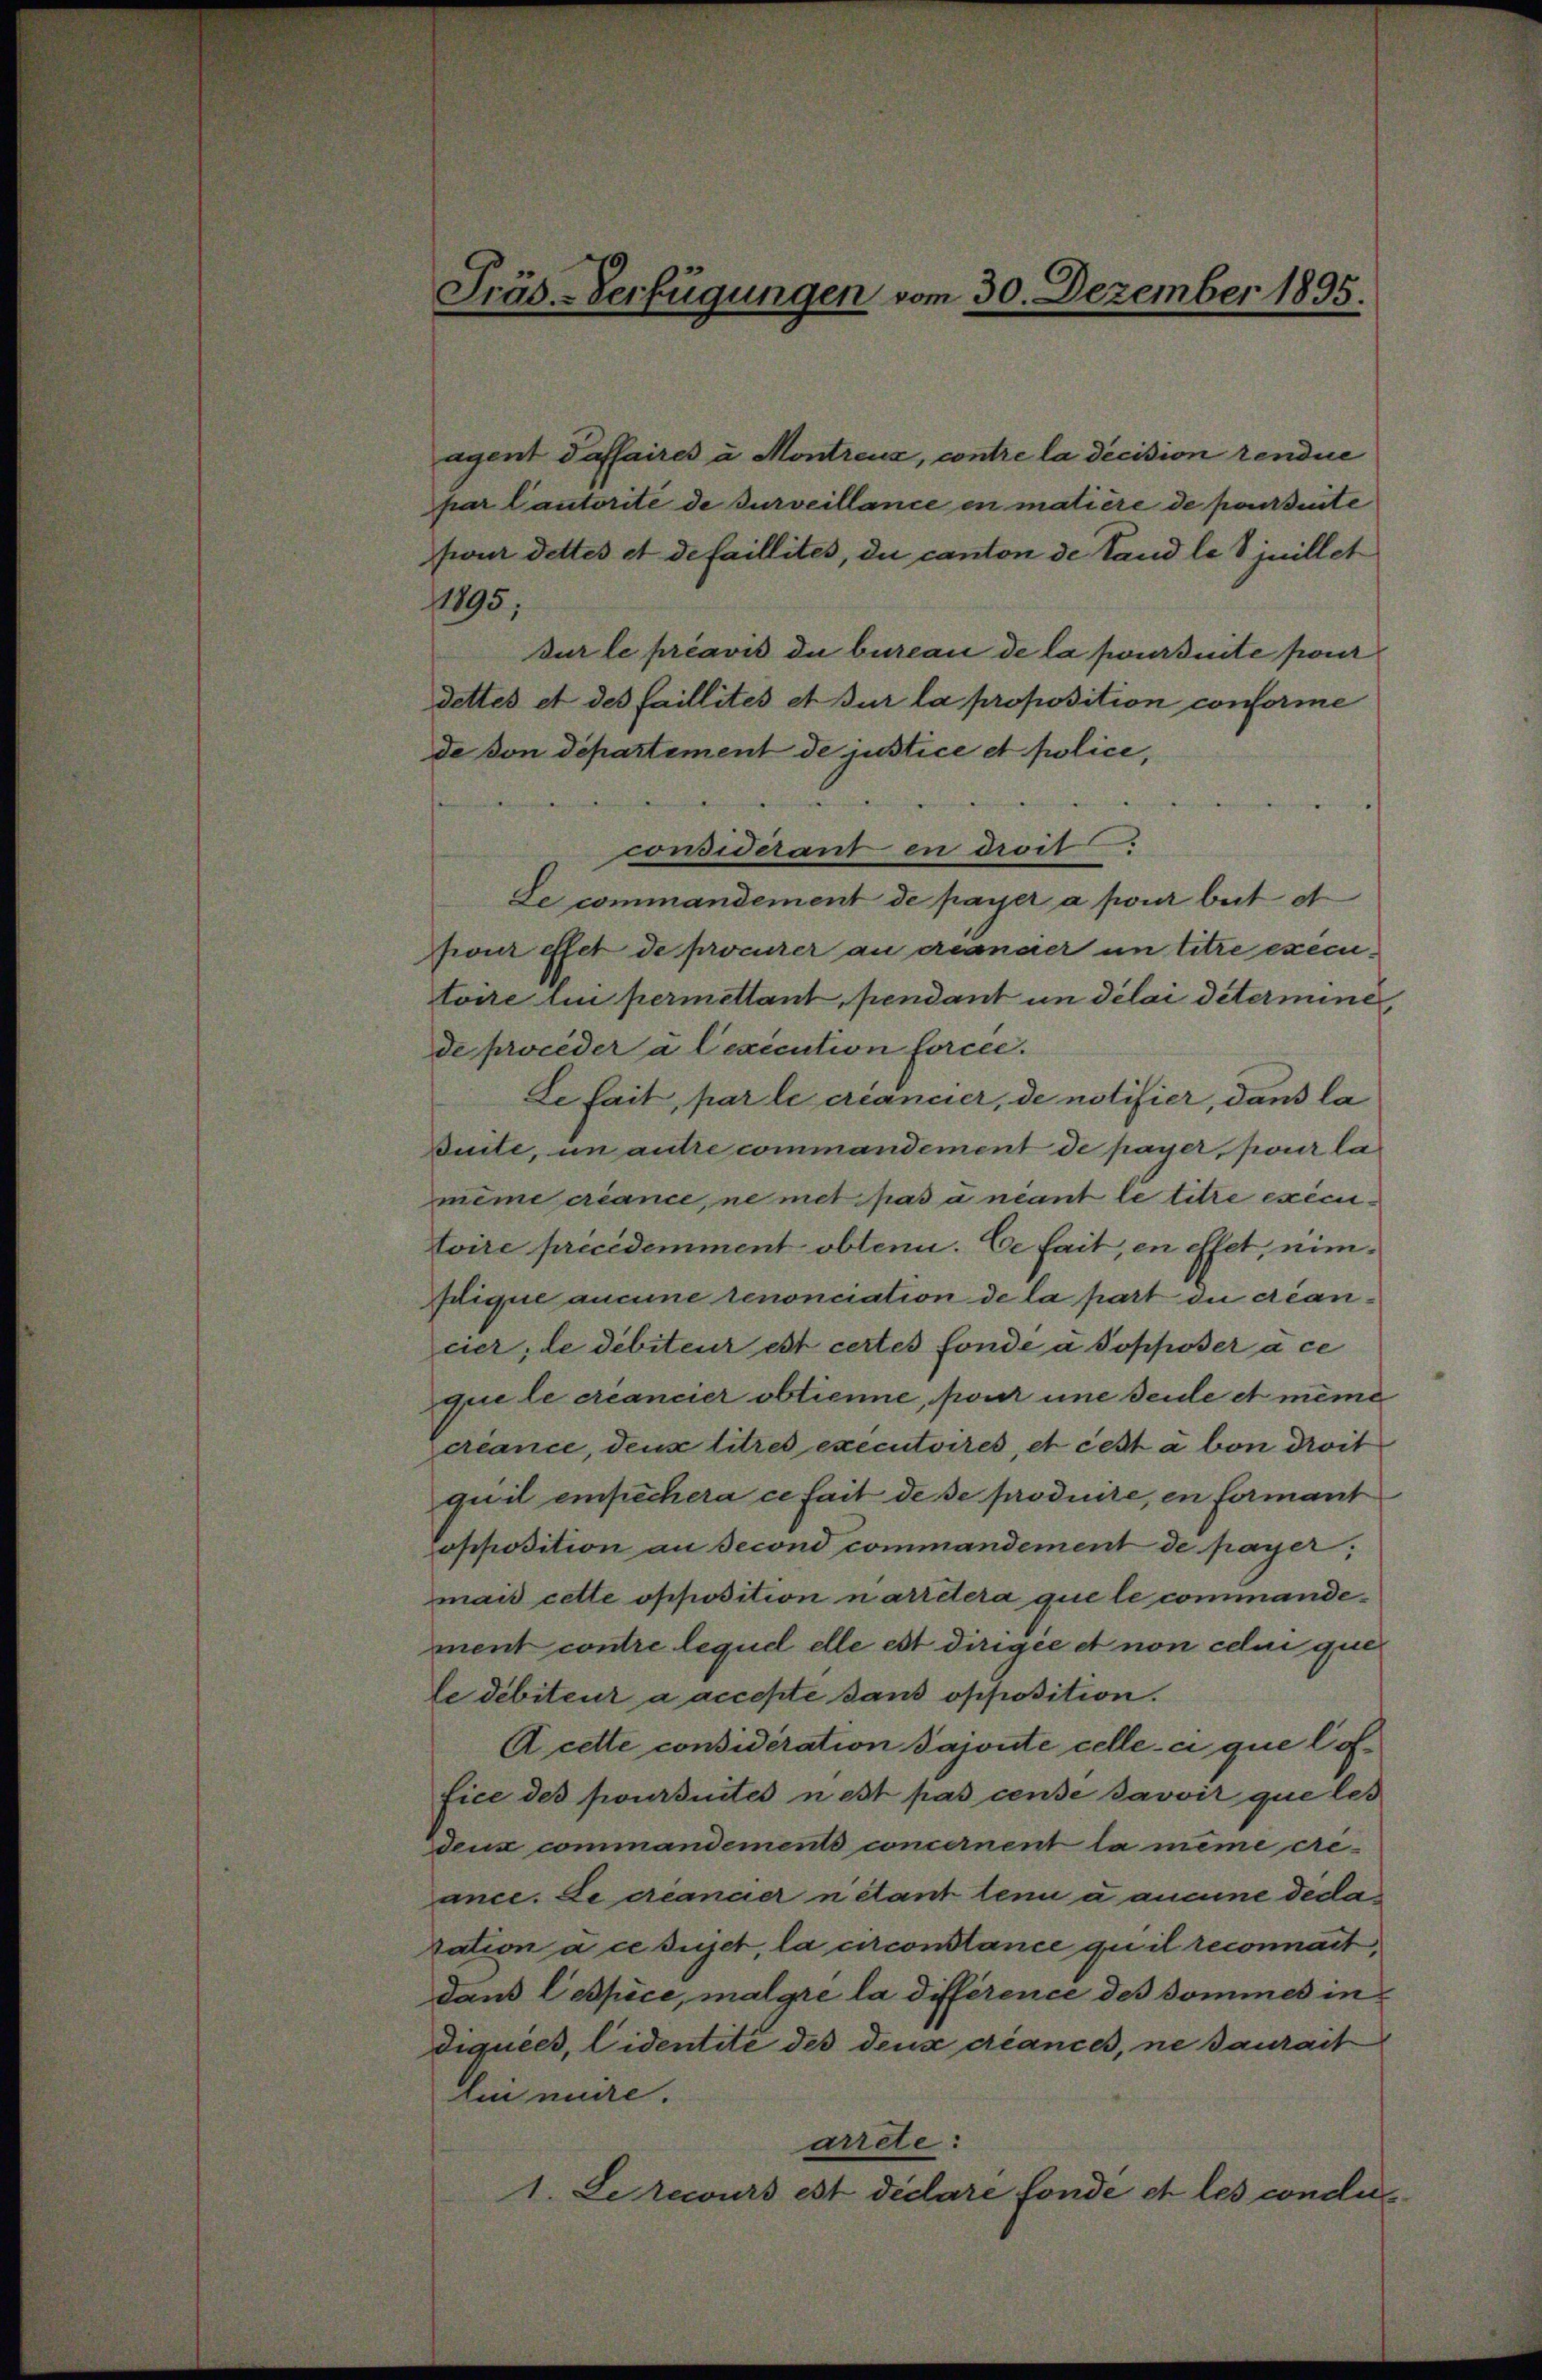
Präs.-Verfügungen vom 30. Dezember 1895.

agent daffaires à Montreux, contre la decision rendie
par lautorité de surveillance en matière de parseite
four dettes et de faillites, du canton de Land le juillet
1895;
sur le préavis du bureau de la poursuite pour
dettes et des faillités et sur la proposition conforme
de von Departement de justice et police,

considerant en droit:
Le commandement de payer a pour beit e
four effet de procurer au creanaer un titre executoire lui permettant, pendant un délai determine,
de proceder à lexecution force.
de fait, par le créancier, de notifier, dans la
Buite, um autre commandement de payer, pour la
meine créance, ne met pas a neant le titre executoire précédemment obtenu. Ce fait, en effet, nim¬
Iique aucune renonciation de la part die Areancier, de debiteur est certes fonde a Sopposer à ce
que le créancier obtienne, pour une seule et même
créance, dens titres executoires, et cest à von droit
quil einfechera ce fait de se produite, en formant
Copposition an second commandement de payer,
mais cette opposition narriera que le commandement contre lequel elle est dirigée et non celui que
le débiteur a accepte dans opposition.
A cette considération Jajoute celle-ci que Coffice des poursuites nest pas cense savoir que les
deux commandements concernent la même cre-
ance. Le créancier nétant lein u aneine deda
zation à ce sujet, la circonstance quil reconnait,
Dann Cespèce, malgre la différence des Sommes in
diquées, Eidentité des deux créances, ne daurait
lin nuire.
arrete:
1. Le recurs est dieare fonde et les condu¬